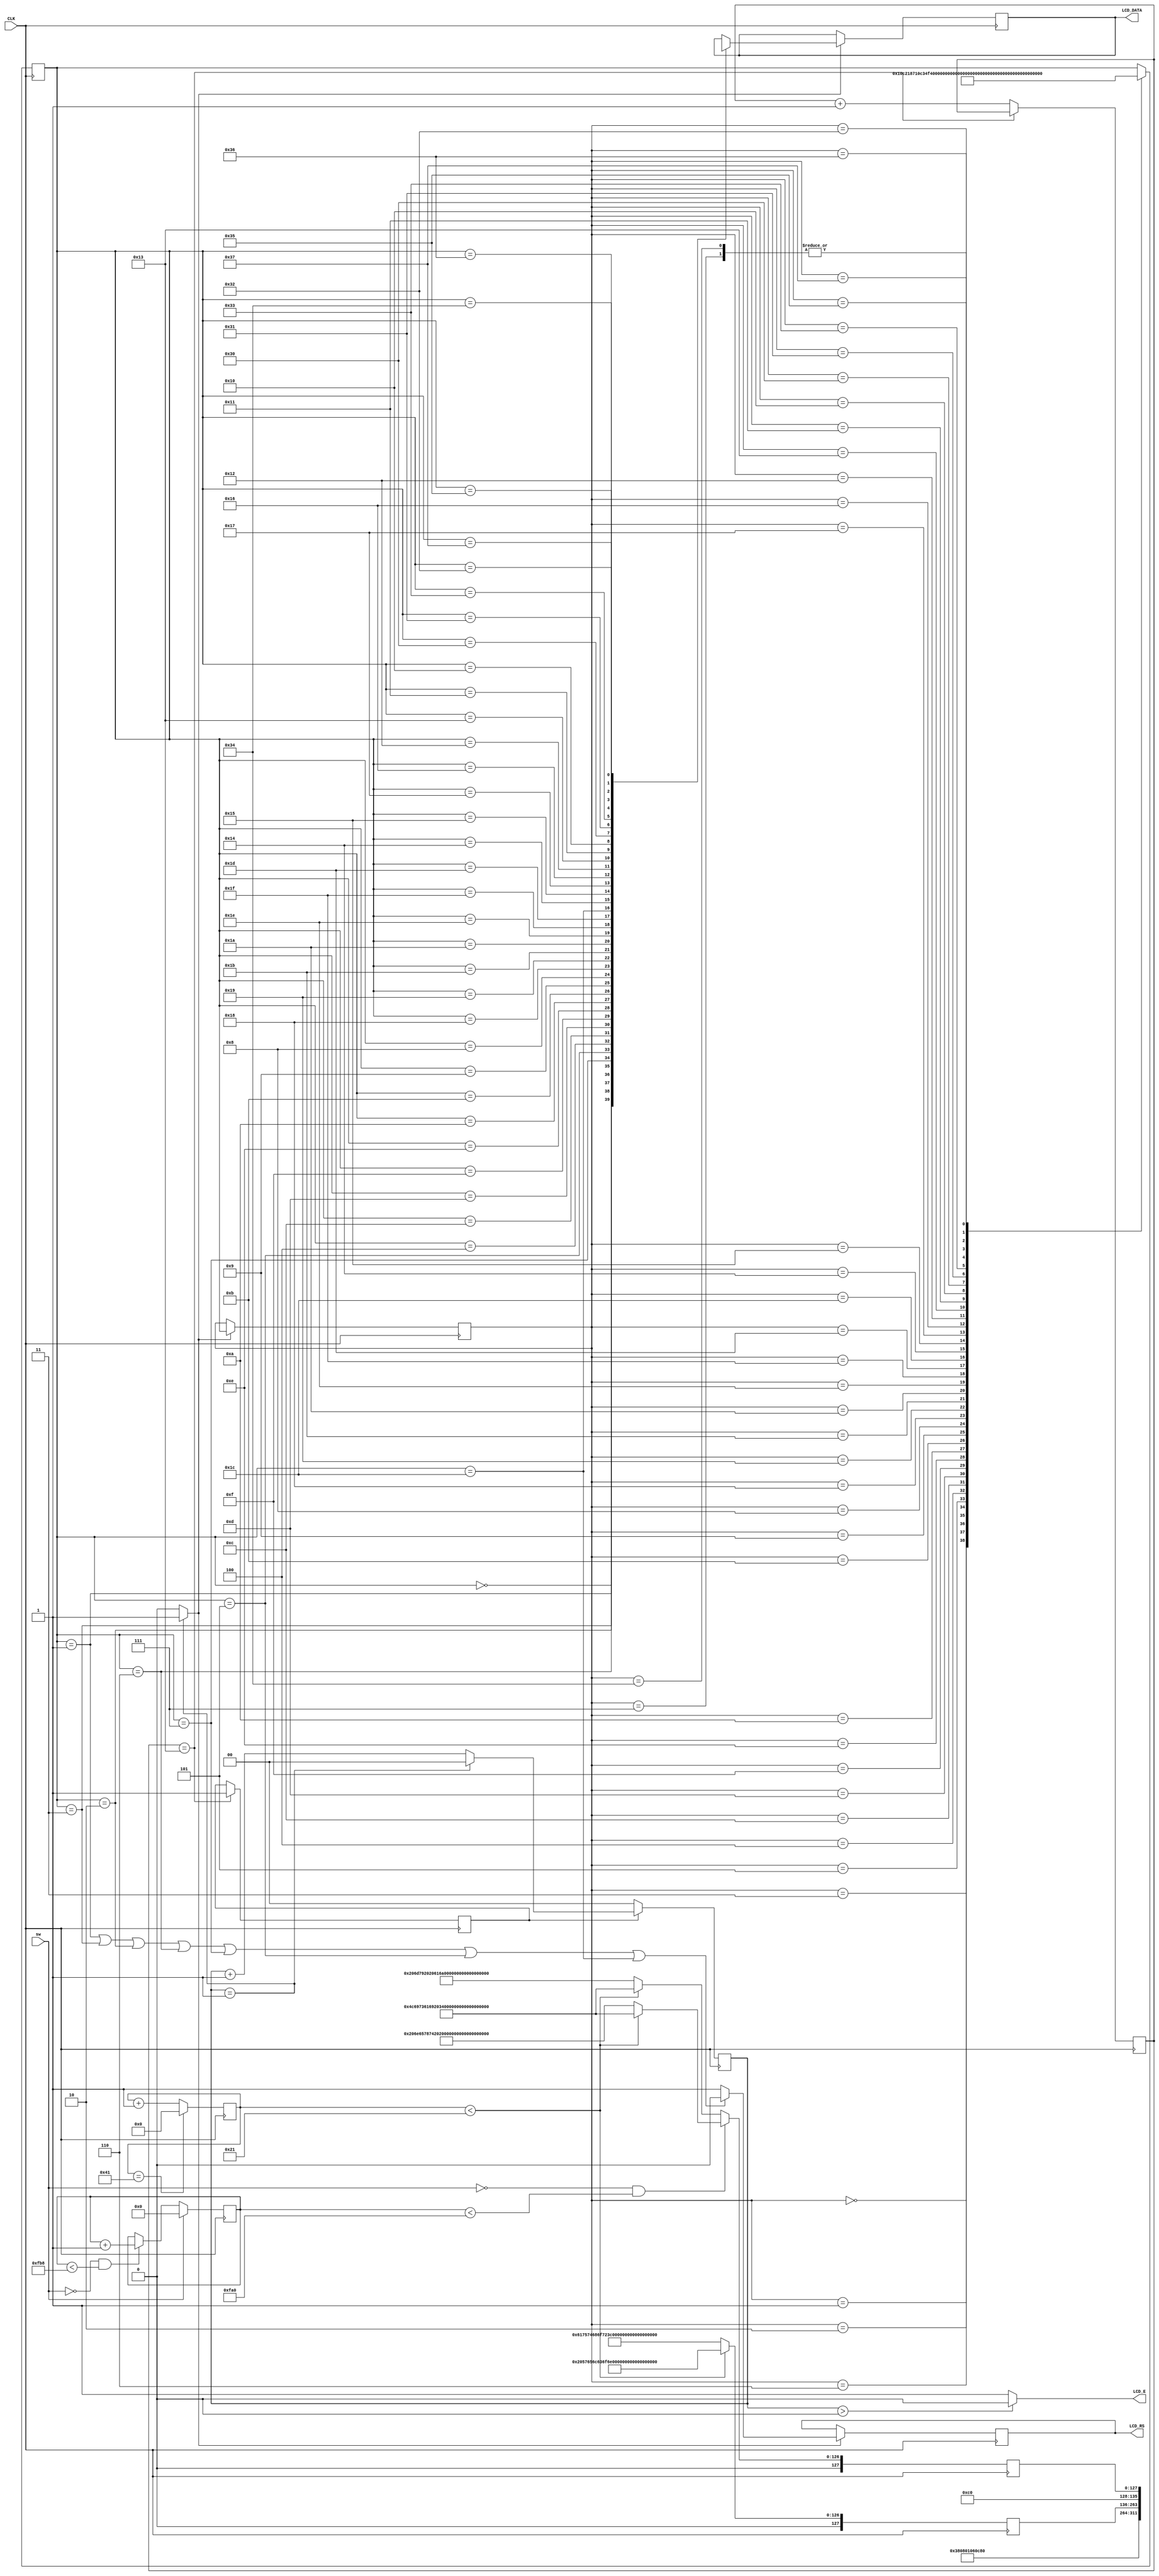
module LCD1602(
	input			   CLK,//1kHz
	input 			sw,
	output	 		LCD_E,
	output reg 		LCD_RS,
	output reg[7:0]LCD_DATA
);
reg		[127:0]		row_1;					//LCD16
reg		[127:0]		row_2;					//LCD16
reg 		[6:0]			count_row;				//
reg 		[11:0]		count_off;				//
initial begin
	count_row<=0;
	count_off<=0;
end
always@(posedge CLK)begin						//
	if(sw)count_off<=0;
	else if(!sw&&count_off<4024)count_off<=count_off+1;
	else count_off<=count_off;
end
always@(posedge CLK)begin						//
	count_row<=count_row+1;
	if(sw==0&&count_off<4000)					//
		if(count_row<33)begin
		//			 "1234567890123456" 			//
			row_1 =" Welcome to use ";
			row_2 ="Lisai 2019210774";
		end
		else begin
			row_1 ="author:     BUPT";
			row_2 =" next  time  !  ";
		end
	else												//
		if(count_row<33)begin
		//			 "1234567890123456"
			row_1 =" Welcome to use ";
			row_2 ="Lisai 2019210774";
		end
		else begin
			row_1 ="author:     BUPT";
			row_2 =" my  air  fan  !";
		end
	if(count_row==65)count_row<=0;else;
end

parameter		TIME_20MS=20;							//20ms()
reg		[4:0]	cnt_20ms;									//
reg 				delay_done;
initial begin
	delay_done<=0;
	cnt_20ms<=0;
end
always@(posedge CLK)begin
	if(cnt_20ms==TIME_20MS-1'b1)delay_done<=1;//
	else cnt_20ms<=cnt_20ms+1'b1;
end

parameter 		TIME_500HZ=2;							//500Hz
reg		[1:0]	cnt_500hz;
initial begin
	cnt_500hz<=0;
end
always@(posedge CLK)begin
	if(delay_done)//
		if(cnt_500hz==TIME_500HZ-1'b1)cnt_500hz<=1'b0;
		else cnt_500hz<=cnt_500hz+1'b1;
	else cnt_500hz<=1'b0;
end
assign	LCD_E=(cnt_500hz>(TIME_500HZ-1'b1)/2)?1'b0:1'b1;//,,
wire 		write_flag=(cnt_500hz==TIME_500HZ-1'b1)?1'b1:1'b0;//,write_flag

//40,,
parameter IDLE=			8'b0000_0000;
parameter SET_FUNCTION=	8'b0000_0001;
parameter DISP_OFF=		8'b0000_0011;
parameter DISP_CLEAR=	8'b0000_0010;
parameter ENTRY_MODE=	8'b0000_0110;
parameter DISP_ON=		8'b0000_0111;
parameter ROW1_ADDR=		8'b0000_0101;
parameter ROW1_0=			8'b0000_0100;
parameter ROW1_1=			8'b0000_1100;
parameter ROW1_2=			8'b0000_1101;
parameter ROW1_3=			8'b0000_1111;
parameter ROW1_4=			8'b0000_1110;
parameter ROW1_5=			8'b0000_1010;
parameter ROW1_6=			8'b0000_1011;
parameter ROW1_7=			8'b0000_1001;
parameter ROW1_8=			8'b0000_1000;
parameter ROW1_9=			8'b0001_1000;
parameter ROW1_A=			8'b0001_1001;
parameter ROW1_B=			8'b0001_1011;
parameter ROW1_C=			8'b0001_1010;
parameter ROW1_D=			8'b0001_1110;
parameter ROW1_E=			8'b0001_1111;
parameter ROW1_F=			8'b0001_1101;
parameter ROW2_ADDR=		8'b0001_1100;
parameter ROW2_0=			8'b0001_0100;
parameter ROW2_1=			8'b0001_0101;
parameter ROW2_2=			8'b0001_0111;
parameter ROW2_3=			8'b0001_0110;
parameter ROW2_4=			8'b0001_0010;
parameter ROW2_5=			8'b0001_0011;
parameter ROW2_6=			8'b0001_0001;
parameter ROW2_7=			8'b0001_0000;
parameter ROW2_8=			8'b0011_0000;
parameter ROW2_9=			8'b0011_0001;
parameter ROW2_A=			8'b0011_0011;
parameter ROW2_B=			8'b0011_0010;
parameter ROW2_C=			8'b0011_0110;
parameter ROW2_D=			8'b0011_0111;
parameter ROW2_E=			8'b0011_0101;
parameter ROW2_F=			8'b0011_0100;

reg[5:0]c_state;//Current state,
reg[5:0]n_state;//Next state,
initial begin
	c_state<=IDLE;
end
always@(posedge CLK)begin
	if(write_flag)													//
		c_state<=n_state;
	else
		c_state<=c_state;
end
always@(posedge CLK)begin
	case (c_state)
		IDLE:				n_state=SET_FUNCTION;
		SET_FUNCTION:	n_state=DISP_OFF;
		DISP_OFF:		n_state=DISP_CLEAR;
		DISP_CLEAR:		n_state=ENTRY_MODE;
		ENTRY_MODE:		n_state=DISP_ON;
		DISP_ON:			n_state=ROW1_ADDR;
		ROW1_ADDR:		n_state=ROW1_0;
		ROW1_0:			n_state=ROW1_1;
		ROW1_1:			n_state=ROW1_2;
		ROW1_2:			n_state=ROW1_3;
		ROW1_3:			n_state=ROW1_4;
		ROW1_4:			n_state=ROW1_5;
		ROW1_5:			n_state=ROW1_6;
		ROW1_6:			n_state=ROW1_7;
		ROW1_7:			n_state=ROW1_8;
		ROW1_8:			n_state=ROW1_9;
		ROW1_9:			n_state=ROW1_A;
		ROW1_A:			n_state=ROW1_B;
		ROW1_B:			n_state=ROW1_C;
		ROW1_C:			n_state=ROW1_D;
		ROW1_D:			n_state=ROW1_E;
		ROW1_E:			n_state=ROW1_F;
		ROW1_F:			n_state=ROW2_ADDR;
		ROW2_ADDR:		n_state=ROW2_0;
		ROW2_0:			n_state=ROW2_1;
		ROW2_1:			n_state=ROW2_2;
		ROW2_2:			n_state=ROW2_3;
		ROW2_3:			n_state=ROW2_4;
		ROW2_4:			n_state=ROW2_5;
		ROW2_5:			n_state=ROW2_6;
		ROW2_6:			n_state=ROW2_7;
		ROW2_7:			n_state=ROW2_8;
		ROW2_8:			n_state=ROW2_9;
		ROW2_9:			n_state=ROW2_A;
		ROW2_A:			n_state=ROW2_B;
		ROW2_B:			n_state=ROW2_C;
		ROW2_C:			n_state=ROW2_D;
		ROW2_D:			n_state=ROW2_E;
		ROW2_E:			n_state=ROW2_F;
		ROW2_F:			n_state=ROW1_ADDR;				//LCD
		default:;
	endcase
end

initial begin
	LCD_RS<=1'b0;												//0,1
end	
always@(posedge CLK)begin
	if(write_flag)
		//,RS
		if((n_state==SET_FUNCTION)||(n_state==DISP_OFF)||(n_state==DISP_CLEAR)||(n_state==ENTRY_MODE)||(n_state==DISP_ON)||(n_state==ROW1_ADDR)||(n_state==ROW2_ADDR))
			LCD_RS<=1'b0; 
		else
			LCD_RS<=1'b1;
	else
		LCD_RS<=LCD_RS;
end
initial begin
	LCD_DATA<=1'b0;
end	
always@(posedge CLK)begin									//LCD
	if(write_flag)
		case(n_state)
			IDLE:					LCD_DATA<=8'hxx;
			SET_FUNCTION:		LCD_DATA<=8'b0011_1000;	//:DL=1(DB4,8),N=1(DB3,),L=0(DB2,5x8).
			DISP_OFF:			LCD_DATA<=8'b0000_1000;	//:D=0(DB2,),C=0(DB1,),D=0(DB0,)
			DISP_CLEAR:			LCD_DATA<=8'b0000_0001;	//
			ENTRY_MODE:			LCD_DATA<=8'b0000_0110;	//:I/D=1(DB1,),S=0(DB0,)
			DISP_ON:				LCD_DATA<=8'b0000_1100;	//:D=1(DB2,),C=0(DB1,),D=0(DB0,)
			ROW1_ADDR:			LCD_DATA<=8'b1000_0000;	//DDRAM:00H->1-1,
			//row_18-bit,
			ROW1_0:		LCD_DATA<=row_1[127:120];
			ROW1_1:		LCD_DATA<=row_1[119:112];
			ROW1_2:		LCD_DATA<=row_1[111:104];
			ROW1_3:		LCD_DATA<=row_1[103: 96];
			ROW1_4:		LCD_DATA<=row_1[ 95: 88];
			ROW1_5:		LCD_DATA<=row_1[ 87: 80];
			ROW1_6:		LCD_DATA<=row_1[ 79: 72];
			ROW1_7:		LCD_DATA<=row_1[ 71: 64];
			ROW1_8:		LCD_DATA<=row_1[ 63: 56];
			ROW1_9:		LCD_DATA<=row_1[ 55: 48];
			ROW1_A:		LCD_DATA<=row_1[ 47: 40];
			ROW1_B:		LCD_DATA<=row_1[ 39: 32];
			ROW1_C:		LCD_DATA<=row_1[ 31: 24];
			ROW1_D:		LCD_DATA<=row_1[ 23: 16];
			ROW1_E:		LCD_DATA<=row_1[ 15:  8];
			ROW1_F:		LCD_DATA<=row_1[  7:  0];
			ROW2_ADDR:	LCD_DATA<=8'hc0;					//8'b1100_0000,DDRAM:40H->2-1,
			ROW2_0:		LCD_DATA<=row_2[127:120];
			ROW2_1:		LCD_DATA<=row_2[119:112];
			ROW2_2:		LCD_DATA<=row_2[111:104];
			ROW2_3:		LCD_DATA<=row_2[103: 96];
			ROW2_4:		LCD_DATA<=row_2[ 95: 88];
			ROW2_5:		LCD_DATA<=row_2[ 87: 80];
			ROW2_6:		LCD_DATA<=row_2[ 79: 72];
			ROW2_7:		LCD_DATA<=row_2[ 71: 64];
			ROW2_8:		LCD_DATA<=row_2[ 63: 56];
			ROW2_9:		LCD_DATA<=row_2[ 55: 48];
			ROW2_A:		LCD_DATA<=row_2[ 47: 40];
			ROW2_B:		LCD_DATA<=row_2[ 39: 32];
			ROW2_C:		LCD_DATA<=row_2[ 31: 24];
			ROW2_D:		LCD_DATA<=row_2[ 23: 16];
			ROW2_E:		LCD_DATA<=row_2[ 15:  8];
			ROW2_F:		LCD_DATA<=row_2[  7:  0];
		endcase
	else
		LCD_DATA<=LCD_DATA;
end		
endmodule